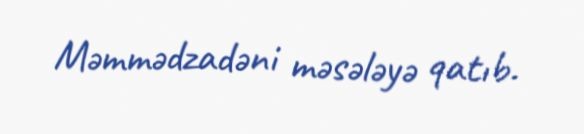
Məmmədzadəni məsələyə qatıb.